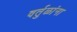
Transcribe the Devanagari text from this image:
वर्तुळांना